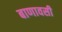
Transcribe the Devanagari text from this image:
बाणावसी